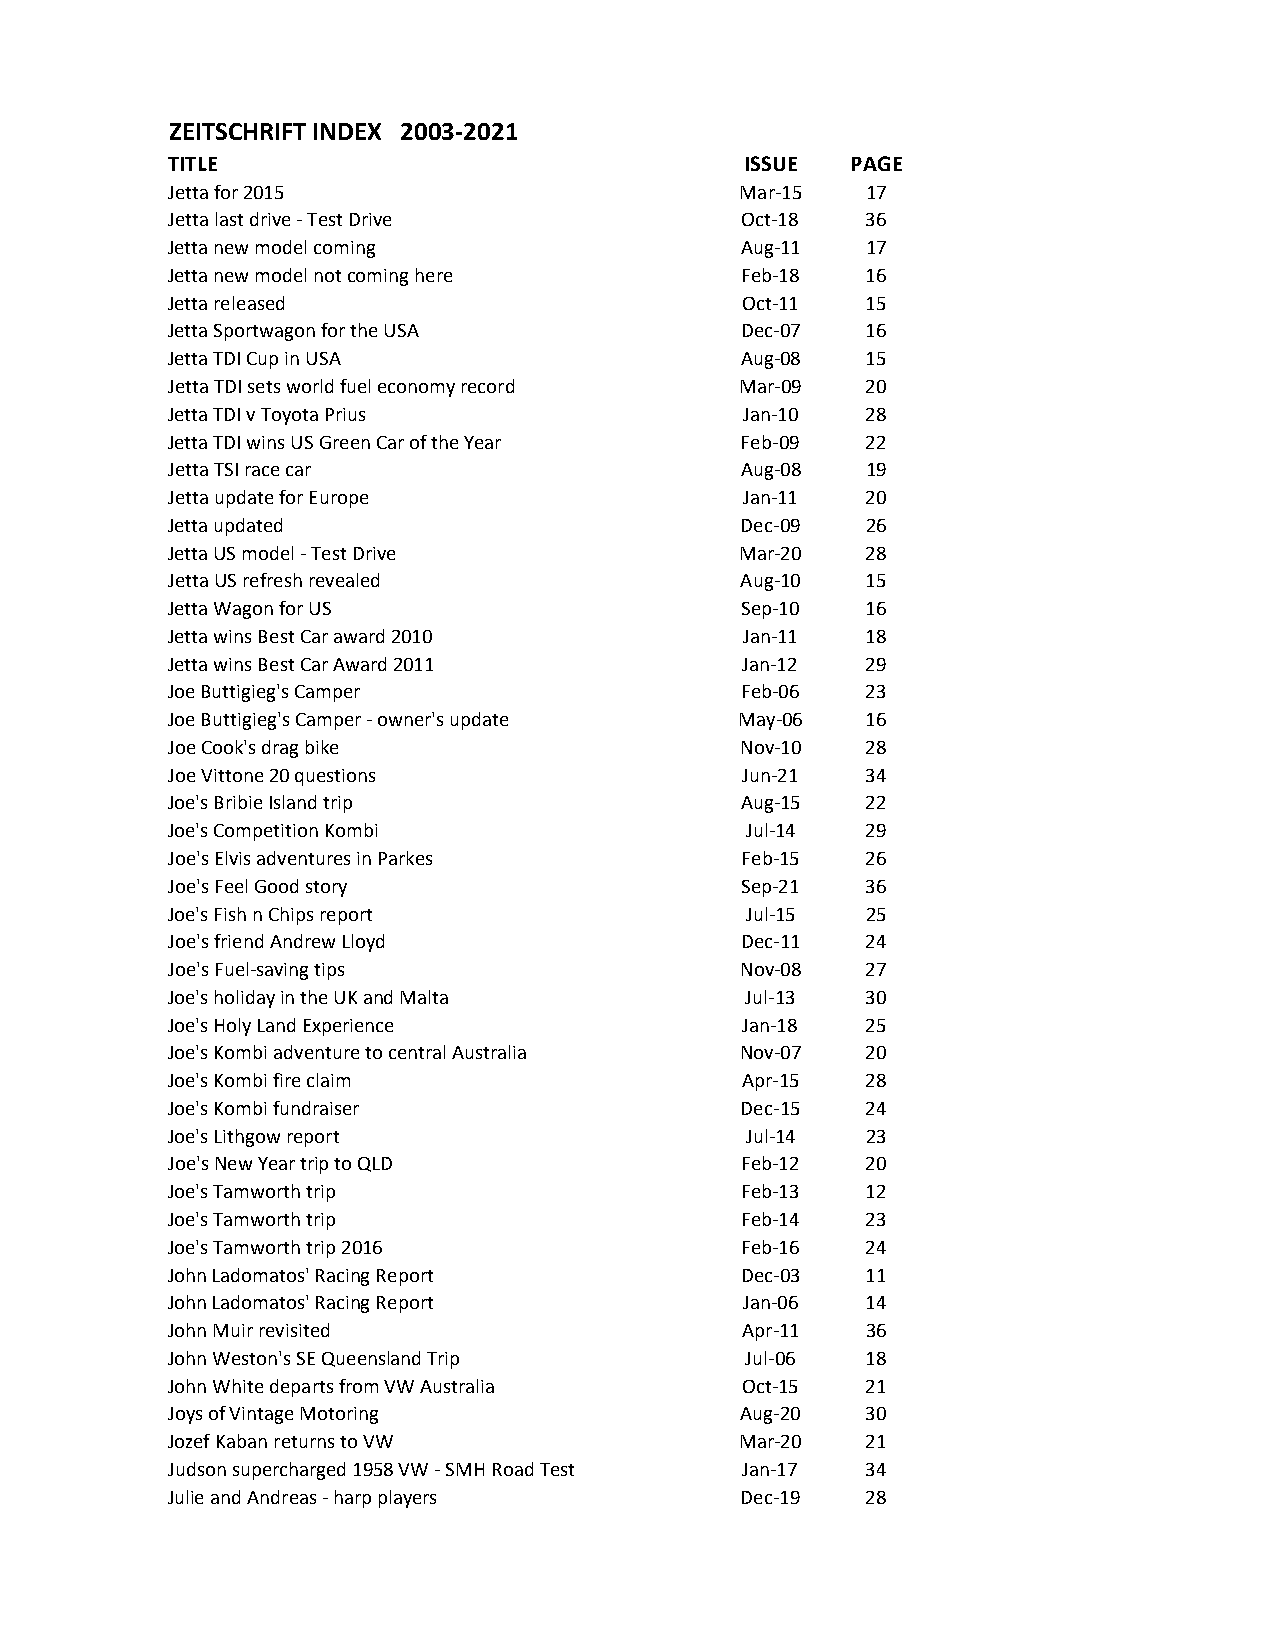
ZEITSCHRIFT INDEX 2003-2021
 TITLE                                 ISSUE  PAGE
 Jetta for 2015                        Mar-15  17
 Jetta last drive - Test Drive         Oct-18  36
 Jetta new model coming                Aug-11  17
 Jetta new model not coming here       Feb-18  16
 Jetta released                        Oct-11  15
 Jetta Sportwagon for the USA          Dec-07  16
 Jetta TDI Cup in USA                  Aug-08  15
 Jetta TDI sets world fuel economy record Mar-09 20
 Jetta TDI v Toyota Prius              Jan-10  28
 Jetta TDI wins US Green Car of the Year Feb-09 22
 Jetta TSI race car                    Aug-08  19
 Jetta update for Europe               Jan-11  20
 Jetta updated                         Dec-09  26
 Jetta US model - Test Drive           Mar-20  28
 Jetta US refresh revealed             Aug-10  15
 Jetta Wagon for US                    Sep-10  16
 Jetta wins Best Car award 2010        Jan-11  18
 Jetta wins Best Car Award 2011        Jan-12  29
 Joe Buttigieg's Camper                Feb-06  23
 Joe Buttigieg's Camper - owner's update May-06 16
 Joe Cook's drag bike                  Nov-10  28
 Joe Vittone 20 questions              Jun-21  34
 Joe's Bribie Island trip              Aug-15  22
 Joe's Competition Kombi               Jul-14  29
 Joe's Elvis adventures in Parkes      Feb-15  26
 Joe's Feel Good story                 Sep-21  36
 Joe's Fish n Chips report             Jul-15  25
 Joe's friend Andrew Lloyd             Dec-11  24
 Joe's Fuel-saving tips                Nov-08  27
 Joe's holiday in the UK and Malta     Jul-13  30
 Joe's Holy Land Experience            Jan-18  25
 Joe's Kombi adventure to central Australia Nov-07 20
 Joe's Kombi fire claim                Apr-15  28
 Joe's Kombi fundraiser                Dec-15  24
 Joe's Lithgow report                  Jul-14  23
 Joe's New Year trip to QLD            Feb-12  20
 Joe's Tamworth trip                   Feb-13  12
 Joe's Tamworth trip                   Feb-14  23
 Joe's Tamworth trip 2016              Feb-16  24
 John Ladomatos' Racing Report         Dec-03  11
 John Ladomatos' Racing Report         Jan-06  14
 John Muir revisited                   Apr-11  36
 John Weston's SE Queensland Trip      Jul-06  18
 John White departs from VW Australia  Oct-15  21
 Joys of Vintage Motoring              Aug-20  30
 Jozef Kaban returns to VW             Mar-20  21
 Judson supercharged 1958 VW - SMH Road Test Jan-17 34
 Julie and Andreas - harp players      Dec-19  28